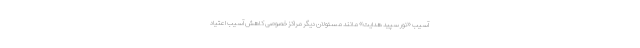
آسیب «نور سپید هدایت» مانند مسئولان دیگر مراکز خصوصی کاهش آسیب اعتیاد